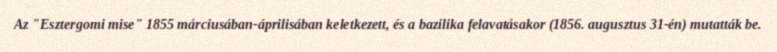
Az "Esztergomi mise" 1855 márciusában-áprilisában keletkezett, és a bazilika felavatásakor (1856. augusztus 31-én) mutatták be.